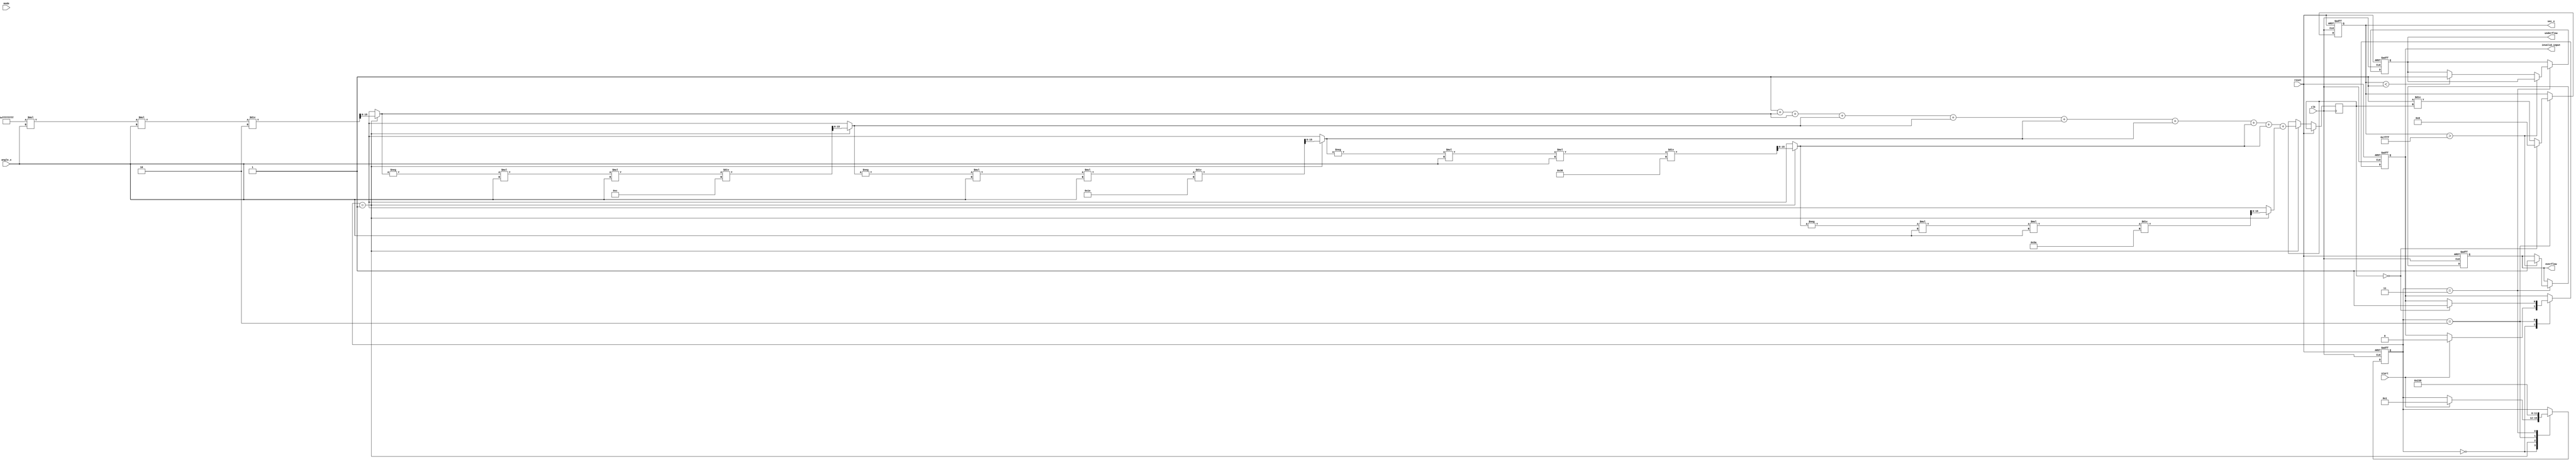
module secant_function (
    input wire [15:0] angle_x, // Input angle in radians (fixed-point representation)
    input wire start,           // Control signal to start computation
    input wire mode,            // Control signal for fixed-point (0) or floating-point (1)
    output reg [15:0] sec_x,    // Secant output
    output reg overflow,         // Overflow flag
    output reg underflow,        // Underflow flag
    output reg invalid_input,    // Invalid input flag
    input wire clk,             // Clock signal
    input wire reset            // Reset signal
);

    reg [15:0] cos_x; // Cosine output (fixed-point representation)
    reg [3:0] state;  // State for FSM
    parameter IDLE = 0, CALC_COS = 1, CALC_SEC = 2, DONE = 3;

    // Simple Taylor Series approximation for cosine
    function [15:0] cosine;
        input [15:0] angle;
        reg [15:0] term;
        reg [15:0] sum;
        integer i;
        begin
            sum = 16'h0000; // Initialize sum
            term = 16'h0001; // First term (1)
            for (i = 0; i < 10; i = i + 1) begin
                sum = sum + term;
                if (i % 2 == 0) begin
                    term = -term * angle * angle / ((i + 1) * (i + 2)); // Next term
                end
            end
            cosine = sum;
        end
    endfunction

    always @(posedge clk or posedge reset) begin
        if (reset) begin
            sec_x <= 16'h0000;
            overflow <= 0;
            underflow <= 0;
            invalid_input <= 0;
            state <= IDLE;
        end else begin
            case (state)
                IDLE: begin
                    if (start) begin
                        state <= CALC_COS;
                        invalid_input <= 0; // Reset invalid input flag
                    end
                end
                
                CALC_COS: begin
                    cos_x <= cosine(angle_x);
                    state <= CALC_SEC;
                end
                
                CALC_SEC: begin
                    if (cos_x == 16'h0000) begin
                        invalid_input <= 1; // Set invalid input flag due to division by zero
                        sec_x <= 16'h0000; // Output zero for secant
                    end else begin
                        sec_x <= 16'h0001 / cos_x; // Calculate secant
                    end
                    state <= DONE;
                end
                
                DONE: begin
                    // Handle output, set flags as necessary
                    if (sec_x > 16'h7FFF) begin
                        overflow <= 1; // Set overflow
                    end else if (sec_x < 16'h0001) begin
                        underflow <= 1; // Set underflow
                    end
                    state <= IDLE; // Reset state
                end
            endcase
        end
    end
endmodule